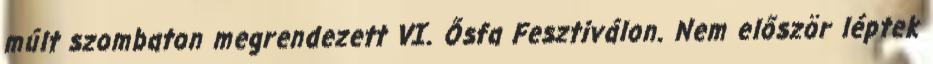
múlt szombaton megrendezett VI. Ősfa Fesztiválon. Nem először léptek